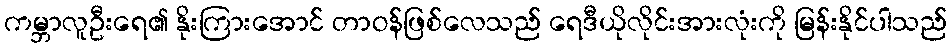
ကမ္ဘာလူဦးရေ၏ နိုးကြားအောင် တာဝန်ဖြစ်လေသည် ရေဒီယိုလိုင်းအားလုံးကို မြန်းနိုင်ပါသည်